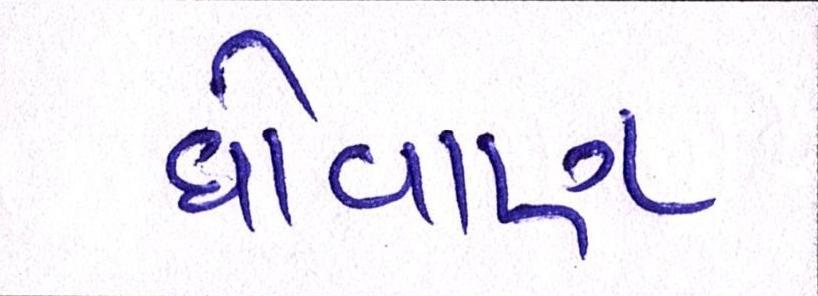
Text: ધોવાણ